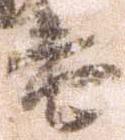
書